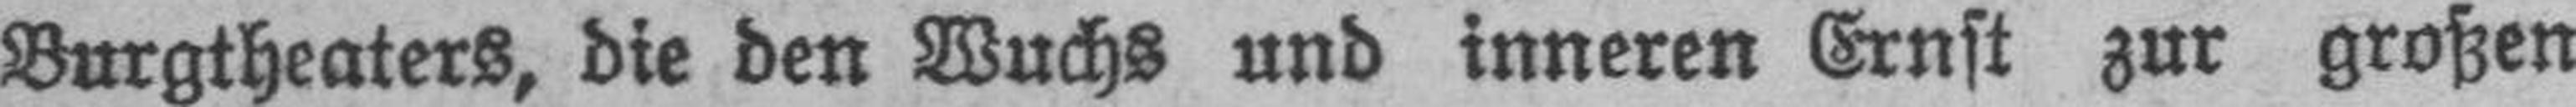
Burgtheaters, die den Wuchs und inneren Ernst zur großen